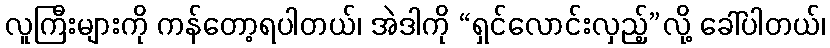
လူကြီးများကို ကန်တော့ရပါတယ်၊ အဲဒါကို “ရှင်လောင်းလှည့်”လို့ ခေါ်ပါတယ်၊